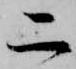
二